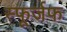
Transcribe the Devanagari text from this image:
स्फूर्जफ